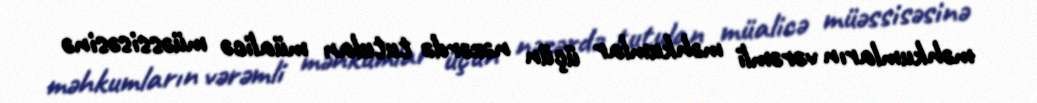
məhkumların vərəmli məhkumlar üçün nəzərdə tutulan müalicə müəssisəsinə